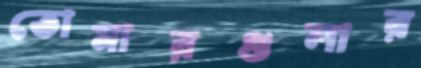
তোমারগুলার